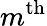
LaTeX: m^{\mathrm{th}}